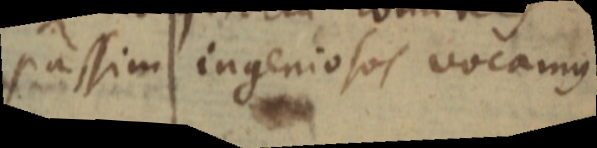
passim ingeniosos vocamus